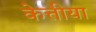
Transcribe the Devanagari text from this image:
केत्तीया